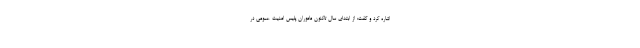
اشاره کرد و گفت: از ابتدای سال تاکنون ماموران پلیس امنیت عمومی در